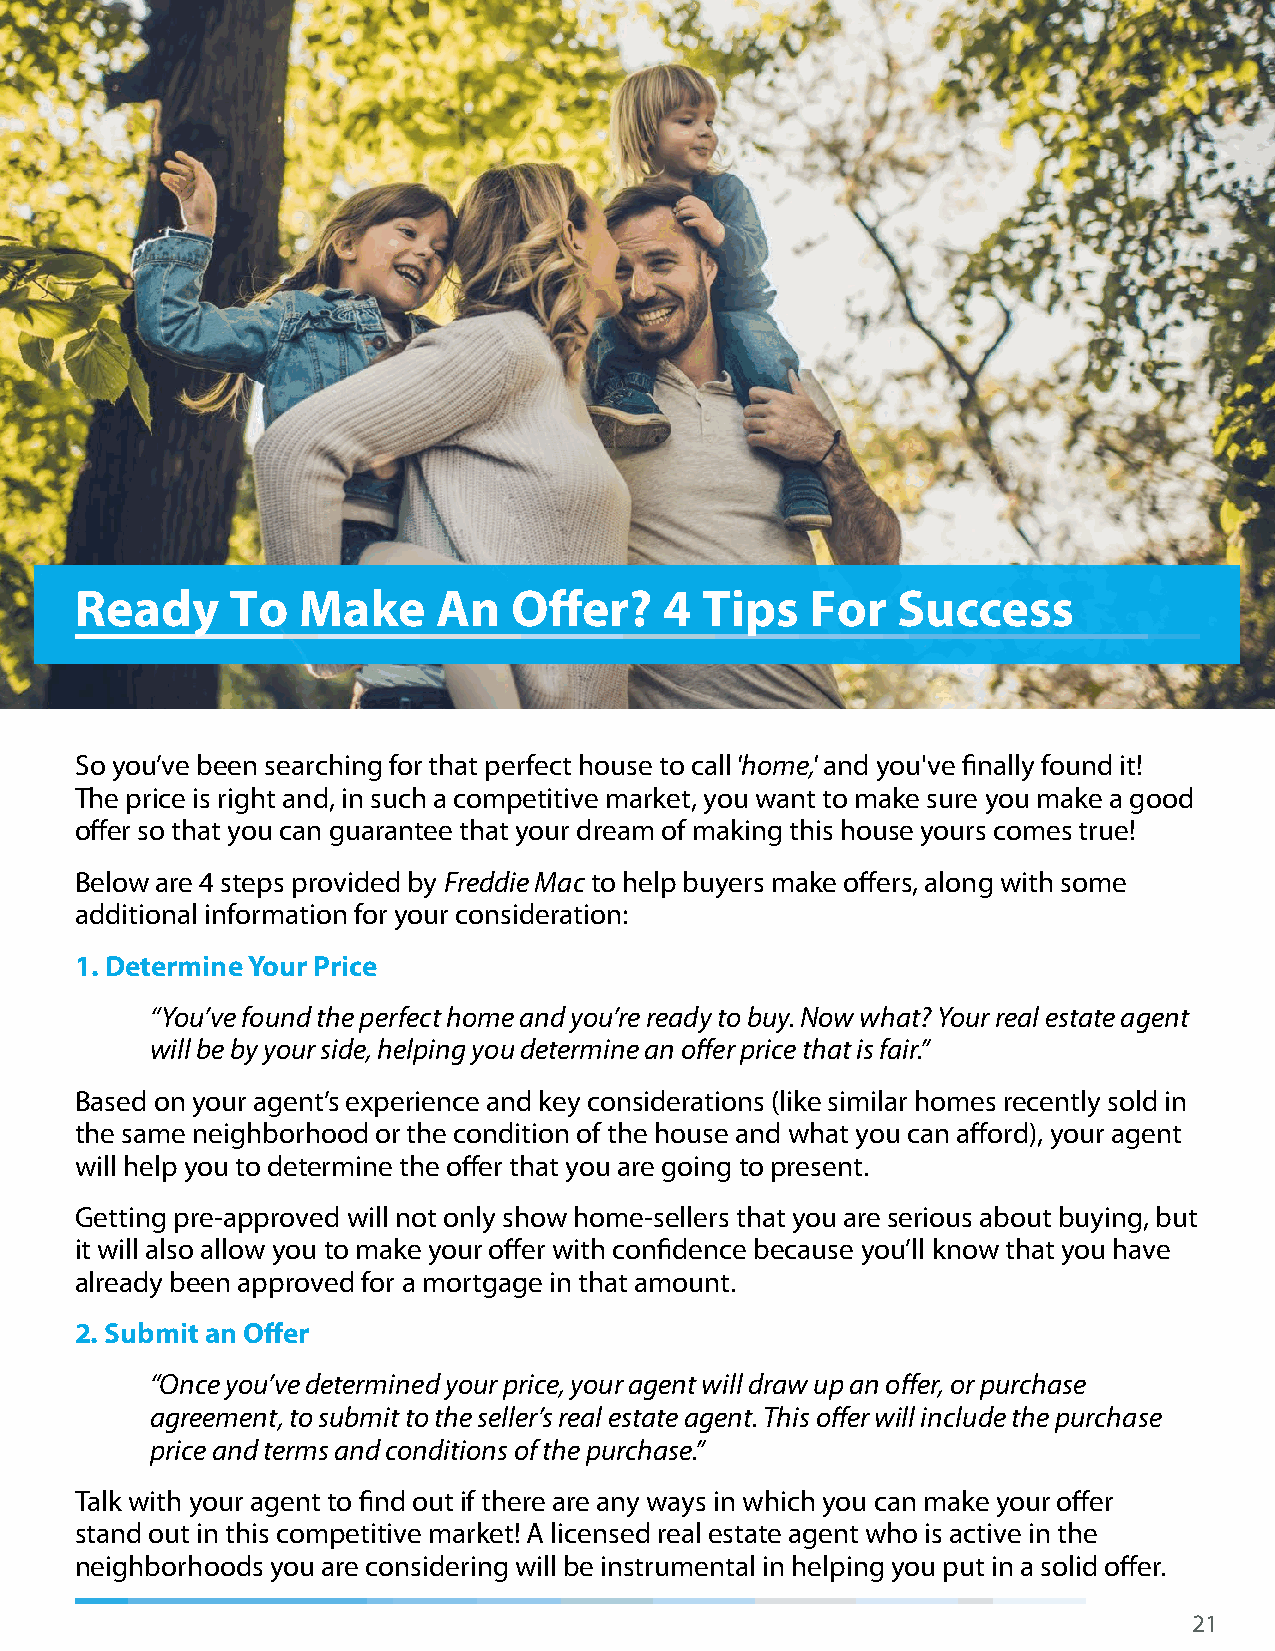
Ready     To   Make     An   Offer?    4 Tips    For  Success
 So you’ve been searching for that perfect house to call 'home,' and you've finally found it!
 The price is right and, in such a competitive market, you want to make sure you make a good
 offer so that you can guarantee that your dream of making this house yours comes true!
 Below are 4 steps provided by Freddie Mac to help buyers make offers, along with some
 additional information for your consideration:
 1. Determine Your Price
 “You’ve found the perfect home and you’re ready to buy. Now what? Your real estate agent
 will be by your side, helping you determine an offer price that is fair.”
 Based on your agent’s experience and key considerations (like similar homes recently sold in
 the same neighborhood or the condition of the house and what you can afford), your agent
 will help you to determine the offer that you are going to present.
 Getting pre-approved will not only show home-sellers that you are serious about buying, but
 it will also allow you to make your offer with confidence because you’ll know that you have
 already been approved for a mortgage in that amount.
 2. Submit an Offer
 “Once you’ve determined your price, your agent will draw up an offer, or purchase
 agreement, to submit to the seller’s real estate agent. This offer will include the purchase
 price and terms and conditions of the purchase.”
 Talk with your agent to find out if there are any ways in which you can make your offer
 stand out in this competitive market! A licensed real estate agent who is active in the
 neighborhoods you are considering will be instrumental in helping you put in a solid offer.
 21